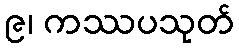
၉၊ ကဿပသုတ်